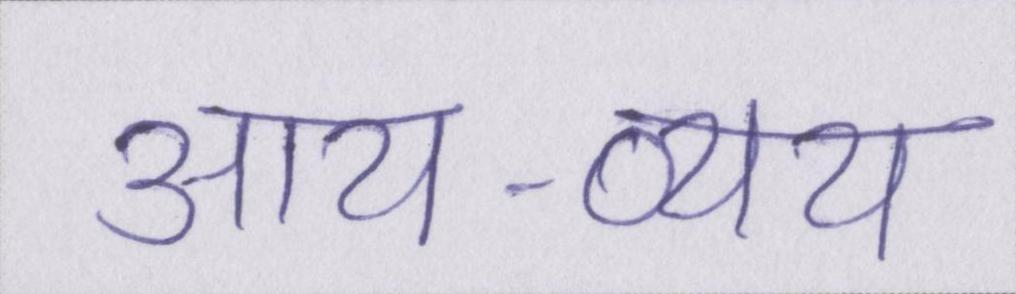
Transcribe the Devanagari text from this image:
आय-व्यय